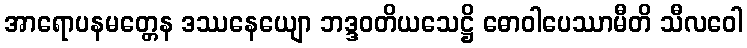
အာရောပနမတ္တေန ဒဿနေယျော ဘဒ္ဒဝတိယသေဋ္ဌိ ဓောဝါပေဿာမီတိ သီလဝေါ